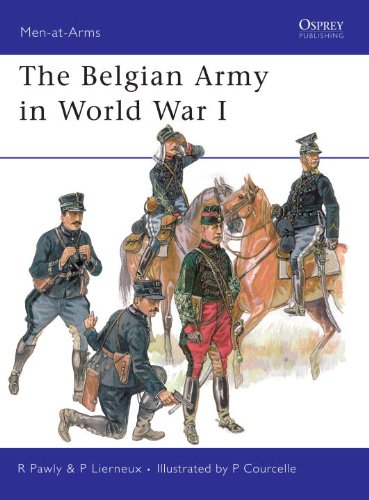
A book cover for The Belgian Army in World War I (Men-at-Arms); Ronald Pawly; History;